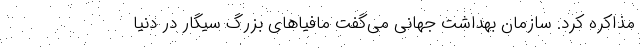
مذاکره کرد. سازمان بهداشت جهانی می‌گفت مافیاهای بزرگ سیگار در دنیا